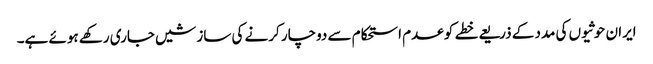
ایران حوثیوں کی مدد کے ذریعے خطے کو عدم استحکام سے دوچار کرنے کی سازشیں جاری رکھے ہوئے ہے۔